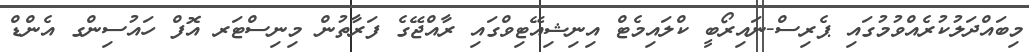
މިބައްދަލުކުރެއްވުމުގައި ޕެރިސް-ނައިރޯބީ ކްލައިމެޓް އިނިޝިއޭޓިވްގައި ރާއްޖޭގެ ފަރާތުން މިނިސްޓަރ އޮފް ހައުސިންގ އެންޑް